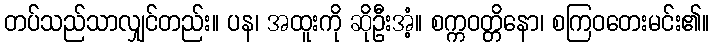
တပ်သည်သာလျှင်တည်း။ ပန၊ အထူးကို ဆိုဦးအံ့။ စက္ကဝတ္တိနော၊ စကြဝတေးမင်း၏။